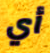
أي